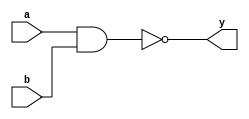
`timescale 1ns / 1ps
//////////////////////////////////////////////////////////////////////////////////
// Company: 
// Engineer: 
// 
// Design Name: 
// Module Name:    dnand 
// Project Name: 
// Target Devices: 
// Tool versions: 
// Description: 
//
// Dependencies: 
//
// Revision: 
// Revision 0.01 - File Created
// Additional Comments: 
//
//////////////////////////////////////////////////////////////////////////////////
module dnand(
    input a,
    input b,
    output y
    );
	 assign y=~(a&b);


endmodule